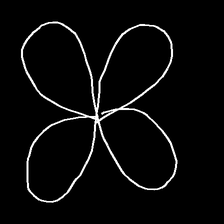
Glyph: billowing